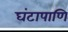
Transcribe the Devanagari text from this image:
घंटापाणि